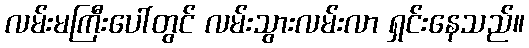
လမ်းမကြီးပေါ်တွင် လမ်းသွားလမ်းလာ ရှင်းနေသည်။